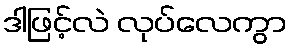
ဒါဖြင့်လဲ လုပ်လေကွာ